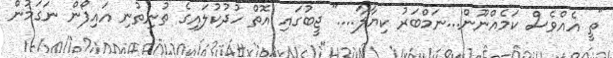
"ތީ އެއްވެސް ކަމެއްނޫން...ނަމްބަރު ކިޔާލާ...." ޖީބުގައި އޮތް ހުދުކުލައިގެ ތުނިތުނި އައިފޯން ނަގަމުން